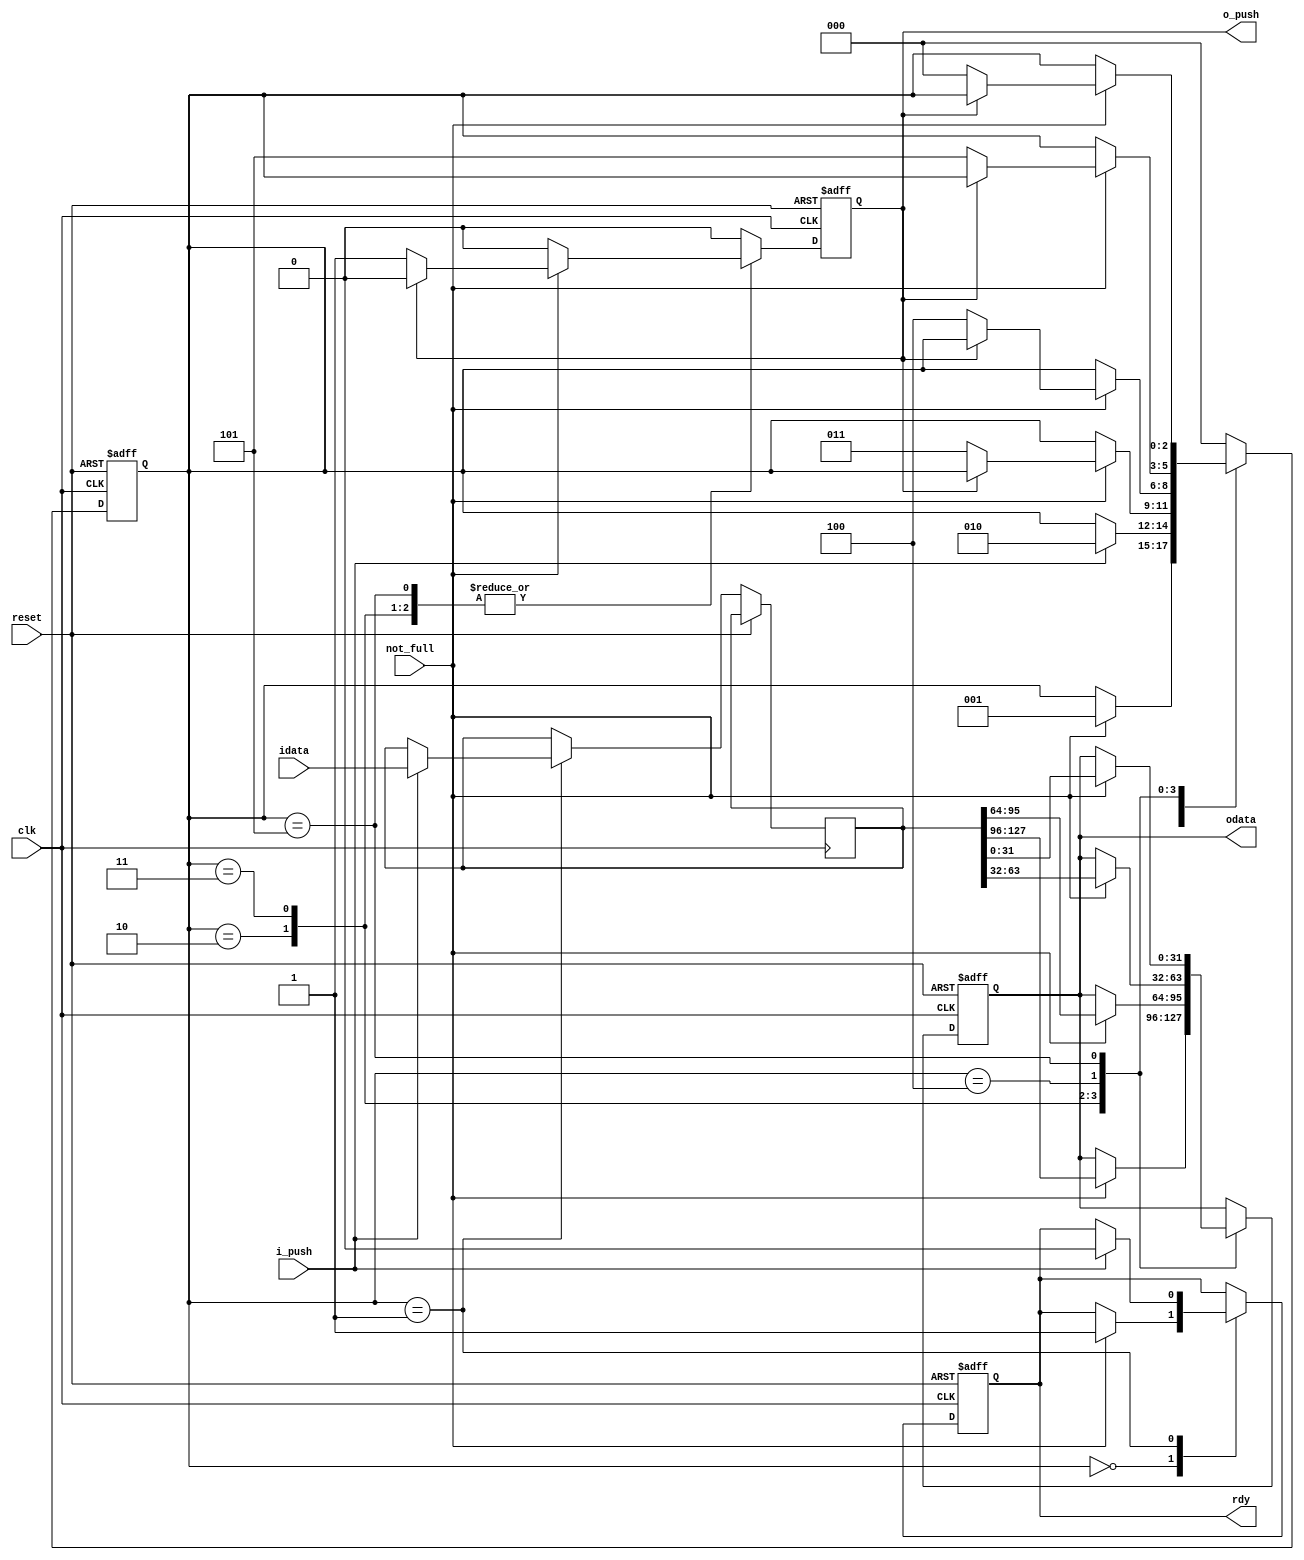
module fifo_wr_128_to_32 ( /*AUTOARG*/
   // Outputs
   rdy, odata, o_push,
   // Inputs
   idata, clk, reset, not_full, i_push
   ) ;

   parameter i_w_width=128 ; //input data width
   parameter o_w_width=32 ; //output data width   
   
   input [i_w_width-1:0] idata ;
   input 		clk,reset ;
   input 		not_full ;
   input 		i_push ;
   
   output  	       rdy ;   
   output [o_w_width-1:0] odata ;
   output 		o_push ;

   reg [o_w_width-1:0] 	odata_wd , odata_rd ;
   reg 			rdy_wc , rdy_rc ;
   reg 			o_push_wc, o_push_rc ;

   wire [i_w_width-1:0] 	idata ;
   reg [i_w_width-1:0] 	idata_wd, idata_rd ;   
   wire 		o_push = o_push_rc ;
   
   //Wire assigns for outputs
   wire [o_w_width-1:0] 	odata = odata_rd ;
   wire 		rdy = rdy_rc;

   //Local var
   reg [2:0] fsm_cs, fsm_ns;
   localparam init    = 3'd0;
   localparam stage1  = 3'd1;
   localparam stage2  = 3'd2;
   localparam stage3  = 3'd3;
   localparam stage4  = 3'd4;
   localparam stage5  = 3'd5;   
   

   always @(posedge clk or posedge reset)
     if (reset)
       begin
	  fsm_cs <= init ;
	  rdy_rc <= 0 ;
	  odata_rd <= 0;
	  o_push_rc <= 0;
       end
     else
       begin
	  fsm_cs <= fsm_ns ;
	  odata_rd <= odata_wd ;
	  rdy_rc <= rdy_wc ;
	  idata_rd <= idata_wd ;
	  o_push_rc <= o_push_wc ;
       end

   
   //Algo
   //1. Pop 4 words from Fifo
   //2. Assert rdy
   //3. Wait for pull , goto (1)
   
   always @*

     begin
	
	fsm_ns = fsm_cs ;
	o_push_wc = 0;
	
	//Hold values
	odata_wd = odata_rd ;
	idata_wd = idata_rd ;
	rdy_wc = rdy_rc ;
	
	case ( fsm_cs )
	  init:
	    if ( not_full  )
	      begin
		 fsm_ns = stage1 ;
		 rdy_wc = 1 ;
	      end

	  stage1:
	    begin
	       if ( i_push )
		 begin
		    idata_wd = idata ;
		    rdy_wc = 0;
		    fsm_ns = stage2;
		 end
	    end

	  stage2:
	    begin
	       if ( not_full )
		 begin
		    odata_wd= idata_rd[127:96];
		    if (~o_push_rc) //don't do back to back pushes
		      begin		    		    
			 o_push_wc = 1 ;
			 fsm_ns = stage3 ;
		      end
		 end
	    end

	  stage3:
	    begin
	       if ( not_full )
		 begin
		    odata_wd= idata_rd[95:64];
		    if (~o_push_rc) //don't do back to back pushes
		      begin		    		    
			 o_push_wc = 1 ;
			 fsm_ns = stage4 ;
		      end
		 end
	    end

	  stage4:
	    begin
	       if ( not_full )
		 begin
		    odata_wd= idata_rd[63:32];
		    if (~o_push_rc) //don't do back to back pushes
		      begin		    
			 o_push_wc = 1 ;
			 fsm_ns = stage5 ;
		      end
		 end
	    end	  

	  stage5:
	    begin
	       if ( not_full )
		 begin
		    odata_wd= idata_rd[31:0];
		    if (~o_push_rc) //don't do back to back pushes
		      begin
			 o_push_wc = 1 ;
			 fsm_ns = init ;
		    end
		 end
	    end	  

	  default:fsm_ns = init ;
	  
	endcase // case ( fsm_cs )
     end

endmodule